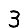
Digit: 3